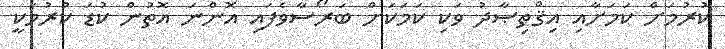
ކުރުމަށް ކަމަށާއި އިޤްތިޞާދު ވަކި ކަމަކަށް ބަރޯސާވެފައި އޮންނަ އޮތުން ކުޑަ ކުރުމަކީ